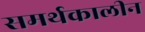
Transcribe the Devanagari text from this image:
समर्थकालीन